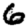
Digit: 6